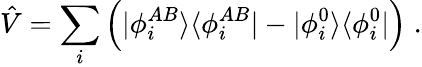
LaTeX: \hat{V}=\sum_{i}\left(|\phi_{i}^{AB}\rangle\langle\phi_{i}^{AB}|-|\phi_{i}^{0}\rangle\langle\phi_{i}^{0}|\right)\; .